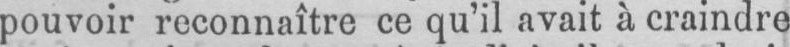
pouvoir reconnaître ce qu’il avait à craindre